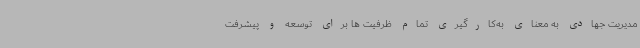
مدیریت جهادی به معنای به‌کارگیری تمام ظرفیت ها برای توسعه و پیشرفت